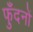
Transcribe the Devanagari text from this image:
फुँदनों